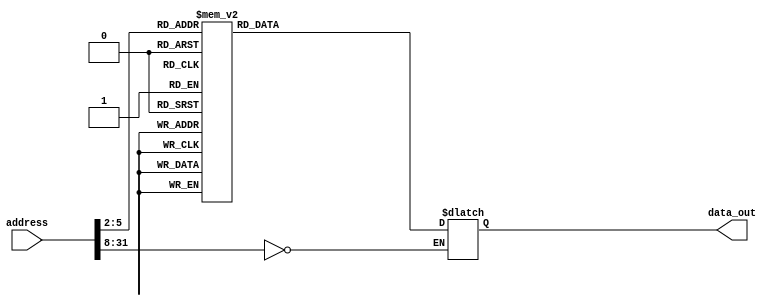
`timescale 1ns / 1ps
//////////////////////////////////////////////////////////////////////////////////
// Company: 
// Engineer: 
// 
// Design Name: 
// Module Name: Rom
// Project Name: 
// Target Devices: 
// Tool Versions: 
// Description: 
// 
// Dependencies: 
// 
// Revision:
// Revision 0.01 - File Created
// Additional Comments: Corresponde a la memoria de intrucciones que se describe en el Paterson. En las pgs 292 293.
// 
//////////////////////////////////////////////////////////////////////////////////

////


module ROM(address, data_out); 
  
// ********************************************************************
//     Seales de entrada y salida de la memoria de instrucciones                      
// ********************************************************************


  input  [31:0] address; // Corresponde a la direccin que ingresa del PC para buscar la instruccin
  output [31:0] data_out; // Sale la instruccin
  reg    [31:0] data_out;

  parameter BASE_ADDRESS = 25'd0;
  wire [5:0] mem_offset; // se utiliza para los case
  wire address_select;

  assign mem_offset = address[7:2];  // Se toman los  LSB para utilizarlos en el case

  assign address_select = (address[31:8] == BASE_ADDRESS);  // address decoding

  always @(address_select or mem_offset)

  begin
    // en caso de que la direccin no sea mltiplo de 4
    if ((address % 4) != 0) $display($time, " rom32 error: unaligned address %d", address);
    if (address_select == 1) 
    begin
      case (mem_offset)
          5'd0  : data_out = {6'd35, 5'd0, 5'd2, 16'd4};            // lw $2, 4($0)     r2 = 1
          5'd1  : data_out = {6'd0, 5'd2, 5'd2, 5'd2, 5'd0, 6'd32}; // add $2, $2, $2   r2 = 2
          5'd2  : data_out = {6'd2, 26'd7};                         // jump to instruction 6
          5'd3  : data_out = {6'd0, 5'd2, 5'd2, 5'd2, 5'd0, 6'd32}; // add $2, $2, $2   r2 = 4 (should be skipped)
          5'd4  : data_out = 0;                                     // These are here just so our jump is more
          5'd5  : data_out = 0;                                     // visible
          5'd6  : data_out = 0;
          5'd7  : data_out = {6'd0, 5'd2, 5'd2, 5'd2, 5'd0, 6'd32}; // add $2, $2, $2   r2 = 4
          5'd8  : data_out = {6'd0, 5'd2, 5'd2, 5'd2, 5'd0, 6'd32}; // add $2, $2, $2   r2 = 8
          default data_out = 32'hxxxx;
      endcase
      
      // $display("<format>", exp1, exp2, ...); 
      //El primer grupo de tareas de visualizacin es muy similar a imprimir la funcin en el lenguaje ANSI C (la sintaxis es casi la misma). 
      //La tareas $ display aade un nuevo carcter de lnea al final de la salida.

      $display($time, " reading data: rom32[%h] => %h", address, data_out);

    end
  end
endmodule